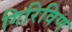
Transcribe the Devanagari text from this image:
गिरिविण